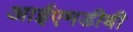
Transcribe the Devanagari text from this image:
आईएमडीबी